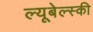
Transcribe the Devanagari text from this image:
ल्यूबेल्स्की